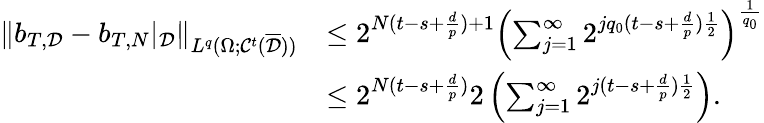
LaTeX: \begin{array}{rl}{\| b_{T,\mathcal{D}}-b_{T,N}|_{\mathcal{D}}\| _{L^{q}(\Omega;\mathcal{C}^{t}(\overline{\mathcal{D}}))}}&{\le 2^{N(t-s+\frac{d}{p})+1}\left(\sum_{j=1}^{\infty}2^{jq_{0}(t-s+\frac{d}{p})\frac{1}{2}}\right)^{\frac{1}{q_{0}}}}\\ &{\le 2^{N(t-s+\frac{d}{p})}2\left(\sum_{j=1}^{\infty}2^{j(t-s+\frac{d}{p})\frac{1}{2}}\right).}\end{array}